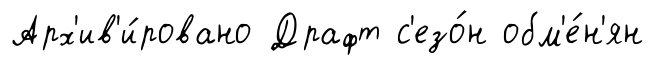
Арх'ив'и́ровано Драфт с'езо́н обм'е́н'ян